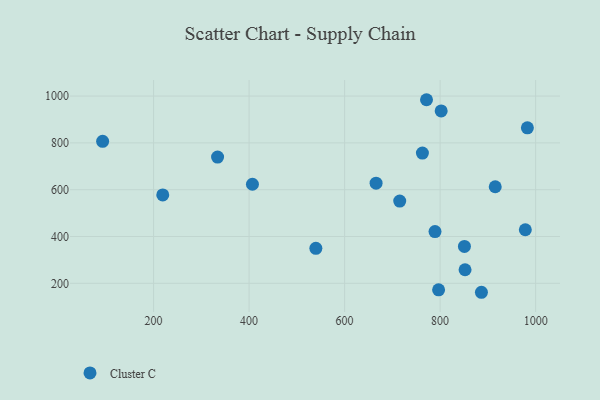
{"axis": {"x": "Investment", "y": "Salary"}, "legend": ["Cluster C"], "data": [{"x": "771.5", "y": 984.3, "type": "Cluster C"}, {"x": "539.8", "y": 349.6, "type": "Cluster C"}, {"x": "93.3", "y": 806.7, "type": "Cluster C"}, {"x": "715.4", "y": 551.2, "type": "Cluster C"}, {"x": "852.2", "y": 258.0, "type": "Cluster C"}, {"x": "915.4", "y": 612.6, "type": "Cluster C"}, {"x": "796.8", "y": 172.1, "type": "Cluster C"}, {"x": "665.9", "y": 627.7, "type": "Cluster C"}, {"x": "850.9", "y": 357.6, "type": "Cluster C"}, {"x": "334.0", "y": 739.5, "type": "Cluster C"}, {"x": "978.4", "y": 428.9, "type": "Cluster C"}, {"x": "802.2", "y": 936.5, "type": "Cluster C"}, {"x": "219.2", "y": 577.6, "type": "Cluster C"}, {"x": "982.7", "y": 864.1, "type": "Cluster C"}, {"x": "886.5", "y": 161.7, "type": "Cluster C"}, {"x": "789.3", "y": 420.9, "type": "Cluster C"}, {"x": "762.9", "y": 756.2, "type": "Cluster C"}, {"x": "407.0", "y": 623.3, "type": "Cluster C"}]}